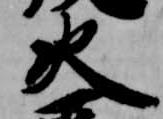
火